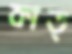
কাত্